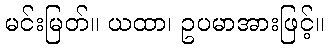
မင်းမြတ်။ ယထာ၊ ဥပမာအားဖြင့်။